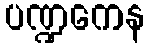
ပဏ္ဍကေန